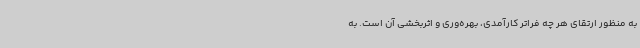
به منظور ارتقای هر چه فراتر کارآمدی، بهره‌وری و اثربخشی آن است. به